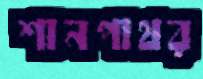
শানপাথর